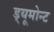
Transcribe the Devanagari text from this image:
ड्यूमोन्ट